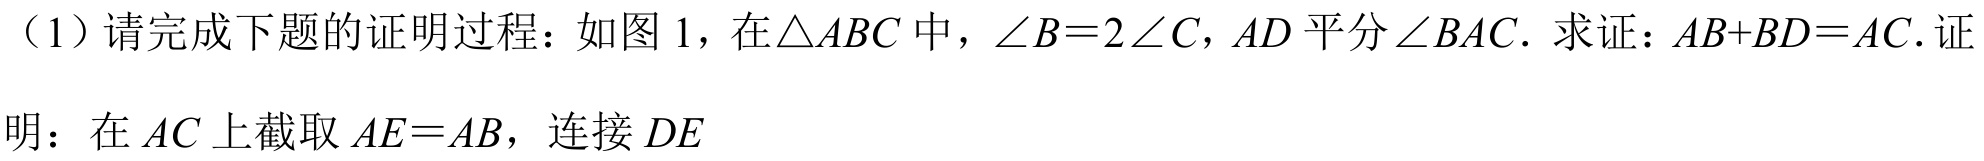
（1）请完成下题的证明过程：如图 1，在\(\triangle ABC\)中，\(\angle B = 2\angle C\)，\(AD\)平分\(\angle BAC\). 求证：\(AB + BD = AC\). 证明：在 \(AC\) 上截取 \(AE = AB\)，连接 \(DE\)